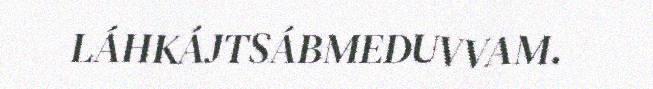
LÁHKÁJTSÁBMEDUVVAM.